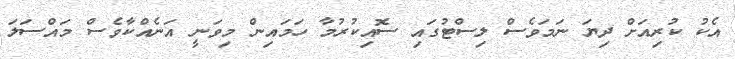
އެކު ކުރިއަށް ދިޔަ ނަމަވެސް ލިސްޓުގައި ސޮއިކުރުމާ ހަމައިން މިވަނީ އަނެއްކާވެސް މައްސަލަ